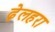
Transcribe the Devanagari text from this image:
ढ़ेलहरा